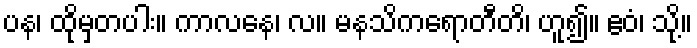
ပန၊ ထိုမှတပါး။ ကာလနေ၊ လ။ မနသိကရောတီတိ၊ ဟူ၍။ ဧဝံ၊ သို့။